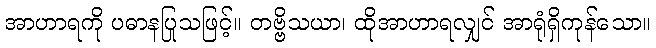
အာဟာရကို ပဓာနပြုသဖြင့်။ တဗ္ဗိသယာ၊ ထိုအာဟာရလျှင် အာရုံရှိကုန်သော။